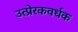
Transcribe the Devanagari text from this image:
उत्प्रेरकवर्धक